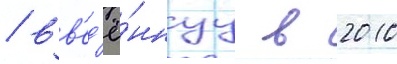
/ вв'ед'ё́ннуу в 2010